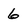
Character: 6